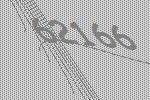
62166